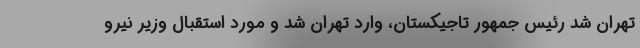
تهران شد رئیس جمهور تاجیکستان، وارد تهران شد و مورد استقبال وزیر نیرو